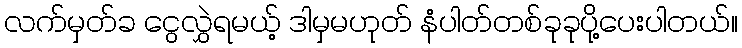
လက်မှတ်ခ ငွေလွှဲရမယ့် ဒါမှမဟုတ် နံပါတ်တစ်ခုခုပို့ပေးပါတယ်။